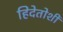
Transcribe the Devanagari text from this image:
हिदेतोशी